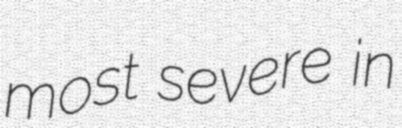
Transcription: most severe in